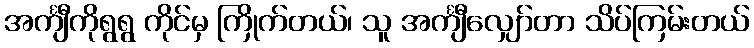
အင်္ကျီကိုရွရွ ကိုင်မှ ကြိုက်တယ်၊ သူ အင်္ကျီလျှော်တာ သိပ်ကြမ်းတယ်